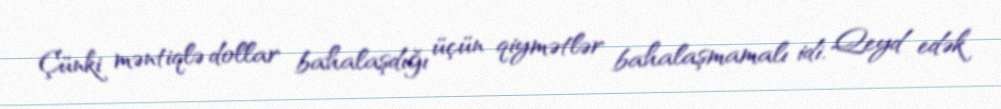
Çünki məntiqlə dollar bahalaşdığı üçün qiymətlər bahalaşmamalı idi. Qeyd edək